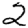
Digit: 2